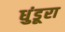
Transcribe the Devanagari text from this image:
धुंडूरा